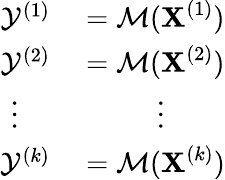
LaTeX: \begin{array}{r}{\begin{array}{rl}{\mathcal{Y}^{(1)}}&{{}=\mathcal{M}(\textbf{X}^{(1)})}\\ {\mathcal{Y}^{(2)}}&{{}=\mathcal{M}(\textbf{X}^{(2)})}\\ {\vdots\; \; \; \; }&{{}\; \; \; \; \; \; \; \; \; \; \vdots}\\ {\mathcal{Y}^{(\mathnormal{k})}}&{{}=\mathcal{M}(\textbf{X}^{(\mathnormal{k})})}\end{array}}\end{array}